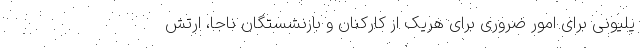
یلیونی برای امور ضروری برای هریک از کارکنان و بازنشستگان ناجا، ارتش